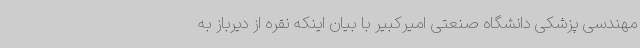
مهندسی پزشکی دانشگاه صنعتی امیرکبیر با بیان اینکه نقره از دیرباز به